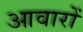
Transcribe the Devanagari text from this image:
आवारों